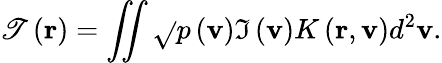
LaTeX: \mathscr{T}\left({\mathbf{{r}}}\right)=\iint{\sqrt{}{{p\left({\mathbf{{v}}}\right)}}\Im\left({\mathbf{{v}}}\right)K\left({\mathbf{{r}}},{\mathbf{{v}}}\right){{d}^{2}}{\mathbf{{v}}}}.